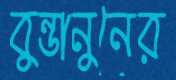
বুন্ডানুনের